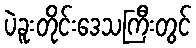
ပဲခူးတိုင်းဒေသကြီးတွင်